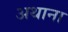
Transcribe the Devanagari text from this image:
अथाना